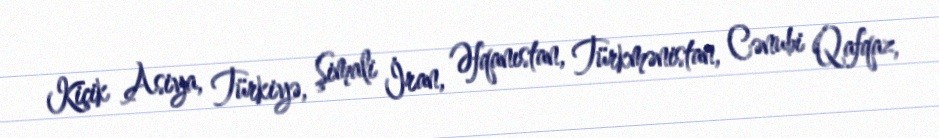
Kiçik Asiya, Türkiyə, Şimali İran, Əfqanıstan, Türkmənistan, Cənubi Qafqaz,